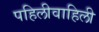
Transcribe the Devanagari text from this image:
पहिलीवाहिली